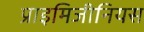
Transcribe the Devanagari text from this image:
प्राइमिजीनियस